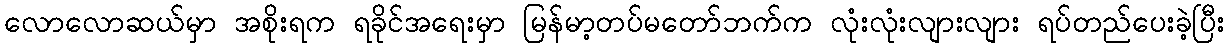
လောလောဆယ်မှာ အစိုးရက ရခိုင်အရေးမှာ မြန်မာ့တပ်မတော်ဘက်က လုံးလုံးလျားလျား ရပ်တည်ပေးခဲ့ပြီး